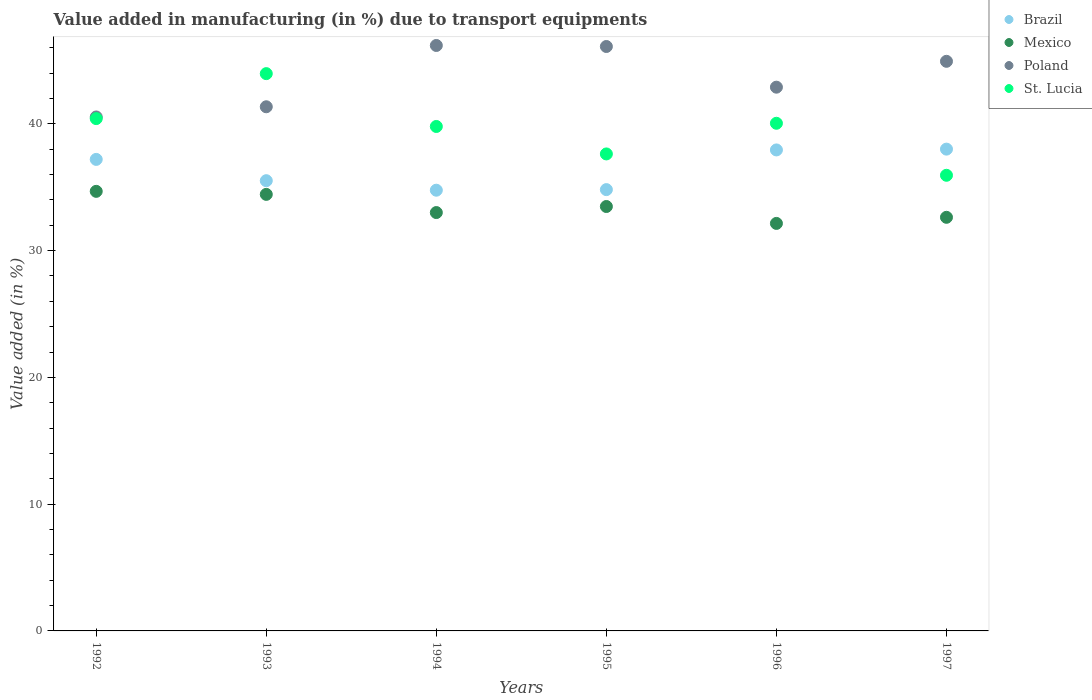
| Years | Brazil | Mexico | Poland | St. Lucia |
 | --- | --- | --- | --- | --- |
 | 1992 | 37.2 | 34.7 | 40.5 | 40.4 |
 | 1993 | 35.5 | 34.4 | 41.3 | 44 |
 | 1994 | 34.8 | 33 | 46.2 | 39.8 |
 | 1995 | 34.8 | 33.5 | 46.1 | 37.6 |
 | 1996 | 37.9 | 32.1 | 42.9 | 40 |
 | 1997 | 38 | 32.6 | 44.9 | 35.9 |